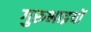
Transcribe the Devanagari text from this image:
गुरुभाइयों